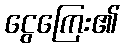
ငွေကြေး၏